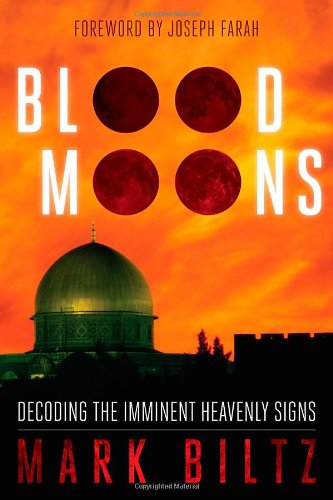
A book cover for Blood Moons: Decoding the Imminent Heavenly Signs; Mark Biltz; Christian Books & Bibles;